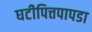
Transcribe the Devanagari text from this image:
घटीपित्तपापडा